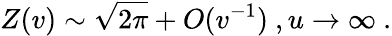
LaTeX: Z(v)\sim\sqrt{2\pi}+O(v^{-1})\ ,u\rightarrow\infty\ .